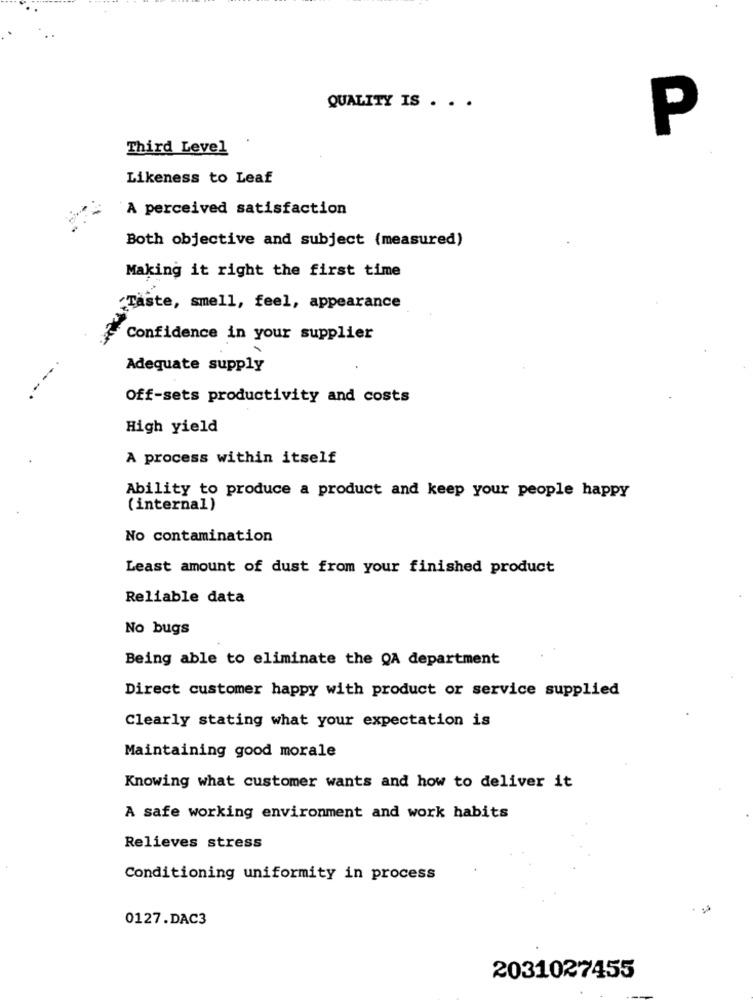
QUALITY IS . . .
P
Third Level
Likeness to Leaf
A perceived satisfaction
Both objective and subject (measured)
Making it right the first time
'Taste, smell, feel, appearance
Confidence in your supplier
Adequate supply
Off-sets productivity and costs
High yield
A process within itself
Ability to produce a product and keep your people happy
(internal)
No contamination
Least amount of dust from your finished product
Reliable data
No bugs
Being able to eliminate the QA department
Direct customer happy with product or service supplied
Clearly stating what your expectation is
Maintaining good morale
Knowing what customer wants and how to deliver it
A safe working environment and work habits
Relieves stress
Conditioning uniformity in process
0127.DAC3
2031027455